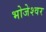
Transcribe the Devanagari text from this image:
भोजेश्‍वर